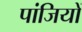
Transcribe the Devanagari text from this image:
पांजियों